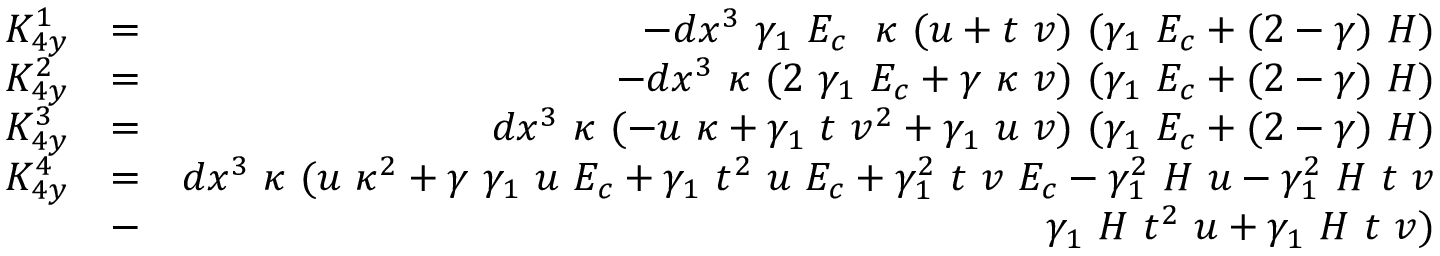
\begin{array} { r l r } { K _ { 4 y } ^ { 1 } } & { = } & { - d x ^ { 3 } ~ \gamma _ { 1 } ~ E _ { c } ~ ~ \kappa ~ ( u + t ~ v ) ~ ( \gamma _ { 1 } ~ E _ { c } + ( 2 - \gamma ) ~ H ) } \\ { K _ { 4 y } ^ { 2 } } & { = } & { - d x ^ { 3 } ~ \kappa ~ ( 2 ~ \gamma _ { 1 } ~ E _ { c } + \gamma ~ \kappa ~ v ) ~ ( \gamma _ { 1 } ~ E _ { c } + ( 2 - \gamma ) ~ H ) } \\ { K _ { 4 y } ^ { 3 } } & { = } & { d x ^ { 3 } ~ \kappa ~ ( - u ~ \kappa + \gamma _ { 1 } ~ t ~ v ^ { 2 } + \gamma _ { 1 } ~ u ~ v ) ~ ( \gamma _ { 1 } ~ E _ { c } + ( 2 - \gamma ) ~ H ) } \\ { K _ { 4 y } ^ { 4 } } & { = } & { d x ^ { 3 } ~ \kappa ~ ( u ~ \kappa ^ { 2 } + \gamma ~ \gamma _ { 1 } ~ u ~ E _ { c } + \gamma _ { 1 } ~ t ^ { 2 } ~ u ~ E _ { c } + \gamma _ { 1 } ^ { 2 } ~ t ~ v ~ E _ { c } - \gamma _ { 1 } ^ { 2 } ~ H ~ u - \gamma _ { 1 } ^ { 2 } ~ H ~ t ~ v } \\ & { - } & { \gamma _ { 1 } ~ H ~ t ^ { 2 } ~ u + \gamma _ { 1 } ~ H ~ t ~ v ) } \end{array}